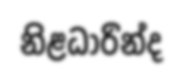
නිළධාරින්ද